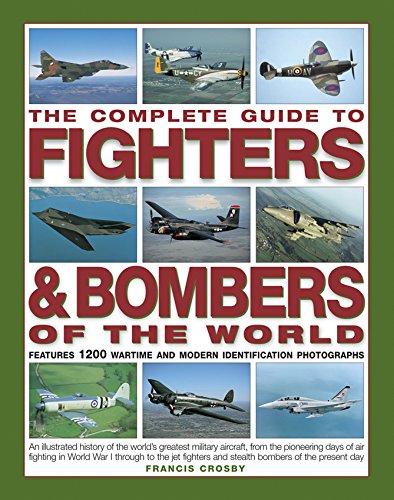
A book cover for The Complete Guide to Fighters & Bombers of the World: An Illustrated History of the World's Greatest Military Aircraft, from the Pioneering Days of ... and Stealth Bombers of the Present Day; Francis Crosby; Travel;